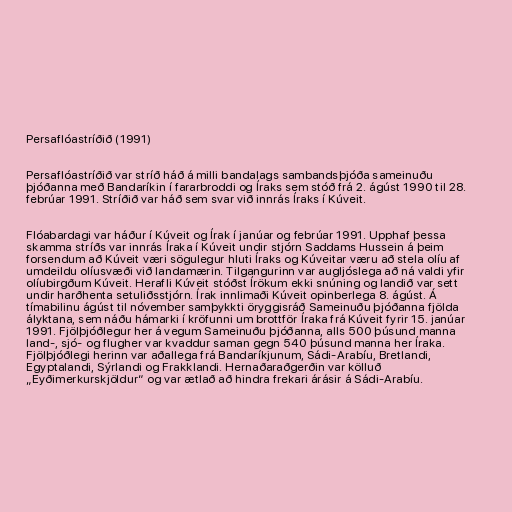
Persaflóastríðið (1991)

Persaflóastríðið var stríð háð á milli bandalags sambandsþjóða sameinuðu
þjóðanna með Bandaríkin í fararbroddi og Íraks sem stóð frá 2. ágúst 1990 til 28.
febrúar 1991. Stríðið var háð sem svar við innrás Íraks í Kúveit.

Flóabardagi var háður í Kúveit og Írak í janúar og febrúar 1991. Upphaf þessa
skamma stríðs var innrás Íraka í Kúveit undir stjórn Saddams Hussein á þeim
forsendum að Kúveit væri sögulegur hluti Íraks og Kúveitar væru að stela olíu af
umdeildu olíusvæði við landamærin. Tilgangurinn var augljóslega að ná valdi yfir
olíubirgðum Kúveit. Herafli Kúveit stóðst Írökum ekki snúning og landið var sett
undir harðhenta setuliðsstjórn. Írak innlimaði Kúveit opinberlega 8. ágúst. Á
tímabilinu ágúst til nóvember samþykkti öryggisráð Sameinuðu þjóðanna fjölda
ályktana, sem náðu hámarki í kröfunni um brottför Íraka frá Kúveit fyrir 15. janúar
1991. Fjölþjóðlegur her á vegum Sameinuðu þjóðanna, alls 500 þúsund manna
land-, sjó- og flugher var kvaddur saman gegn 540 þúsund manna her Íraka.
Fjölþjóðlegi herinn var aðallega frá Bandaríkjunum, Sádi-Arabíu, Bretlandi,
Egyptalandi, Sýrlandi og Frakklandi. Hernaðaraðgerðin var kölluð
„Eyðimerkurskjöldur“ og var ætlað að hindra frekari árásir á Sádi-Arabíu.